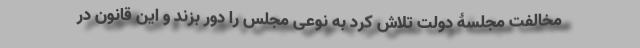
مخالفت مجلسۀ دولت تلاش کرد به نوعی مجلس را دور بزند و این قانون در